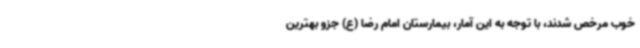
خوب مرخص شدند، با توجه به این آمار، بیمارستان امام رضا (ع) جزو بهترین